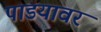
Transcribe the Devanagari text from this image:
पाडयावर